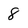
Character: 8